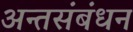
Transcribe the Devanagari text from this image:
अन्तसंबंधन